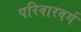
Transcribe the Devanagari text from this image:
परिवारवर्ग